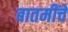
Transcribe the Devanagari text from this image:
बातमींचे